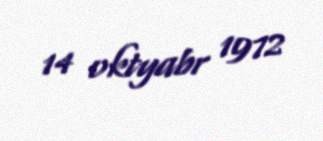
14 oktyabr 1972